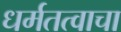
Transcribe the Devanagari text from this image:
धर्मतत्वाचा